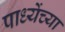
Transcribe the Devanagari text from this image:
पाध्येंच्या